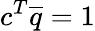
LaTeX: c^{T}\overline{{q}}=1